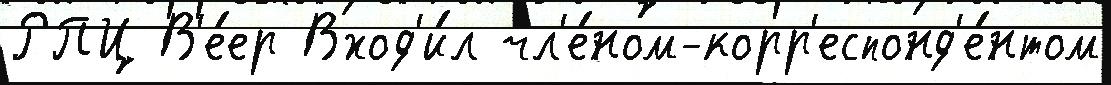
РПЦ В'е́ер Вход'и́л чл'е́ном-корр'еспонд'е́нтом